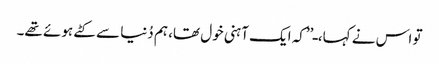
تو اس نے کہا، ـ’’کہ ایک آہنی خول تھا، ہم دُنیا سے کٹے ہوئے تھے۔